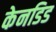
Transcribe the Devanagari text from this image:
केनडिड